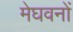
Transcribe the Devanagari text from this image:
मेघवनों